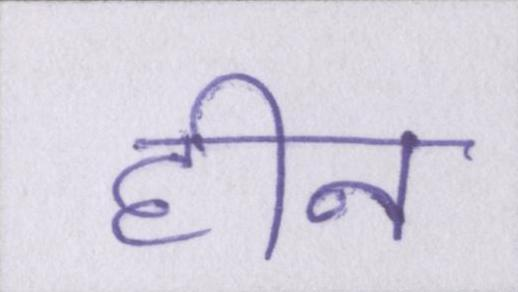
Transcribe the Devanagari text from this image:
हीन